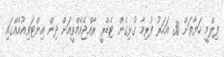
ފިލްމީ ހަޔާތަށް 30 އަހަރު ފުރިމާ ގުޅިގެން ޓެޑްރީ ރާއްޖެއެމްވީއަށް ދިން އިންޓަވިއުއެއްގައި